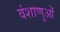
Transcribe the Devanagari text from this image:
वंशाणुओं